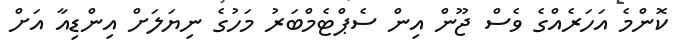
ކޮންމެ އަހަރެއްގެ ވެސް ޖޫން އިން ސެޕްޓެމްބަރު މަހުގެ ނިޔަލަށް އިންޑިއާ އަށް